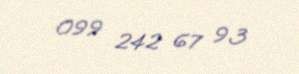
099 242 67 93